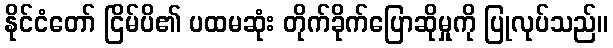
နိုင်ငံတော် ငြိမ်ပိ၏ ပထမဆုံး တိုက်ခိုက်ပြောဆိုမှုကို ပြုလုပ်သည်။